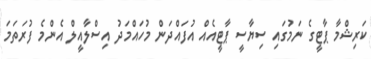
ކަރިޝްމާ ޕާޓީގެ ނަމުގައި ސިޔާސީ ޕާޓީއެއް އުފައްދަން މުހައްމަދު އިސްލާއީލް އެންމެ ފުރަތަމަ